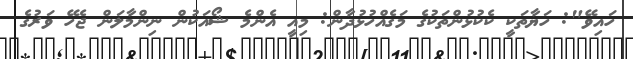
ހައިވޭ": ހަޔާތަކީ ކެކުޅުންތަކުގެ މަގެއްހުޅުދާން: މިއީ އެންމެ ޝޯއަކުން ނިންމާލަން ޖެހޭ ވަރުގެ